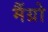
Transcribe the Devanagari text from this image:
मैंग्रो